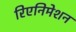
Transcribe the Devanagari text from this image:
रिएनिमेशन